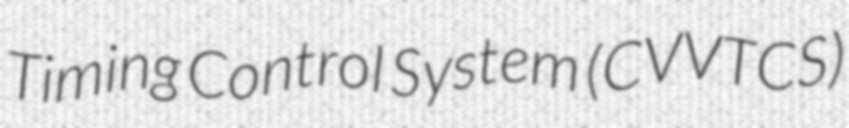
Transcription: Timing Control System (CVVTCS)